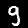
Label: 9